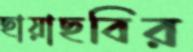
ছায়াছবির